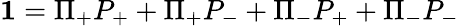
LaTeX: {\mathbf 1}=\Pi_{+}P_{+}+\Pi_{+}P_{-}+\Pi_{-}P_{+}+\Pi_{-}P_{-}